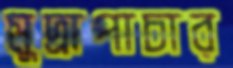
মুদ্রাপাচার